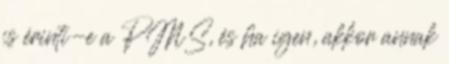
is érinti-e a PMS, és ha igen, akkor annak